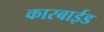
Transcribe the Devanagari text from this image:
कारबाईड